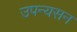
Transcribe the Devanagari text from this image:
उपन्यसन